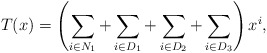
\begin{align*}T(x)=\left(\sum_{i\in N_1}+\sum_{i\in D_1}+\sum_{i\in D_2}+\sum_{i\in D_3}\right)x^i,\end{align*}